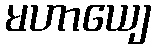
မဟာယျေ